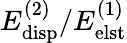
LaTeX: E_{\mathrm{disp}}^{(2)}/E_{\mathrm{elst}}^{(1)}